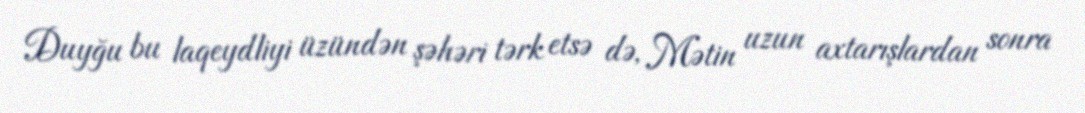
Duyğu bu laqeydliyi üzündən şəhəri tərk etsə də, Mətin uzun axtarışlardan sonra